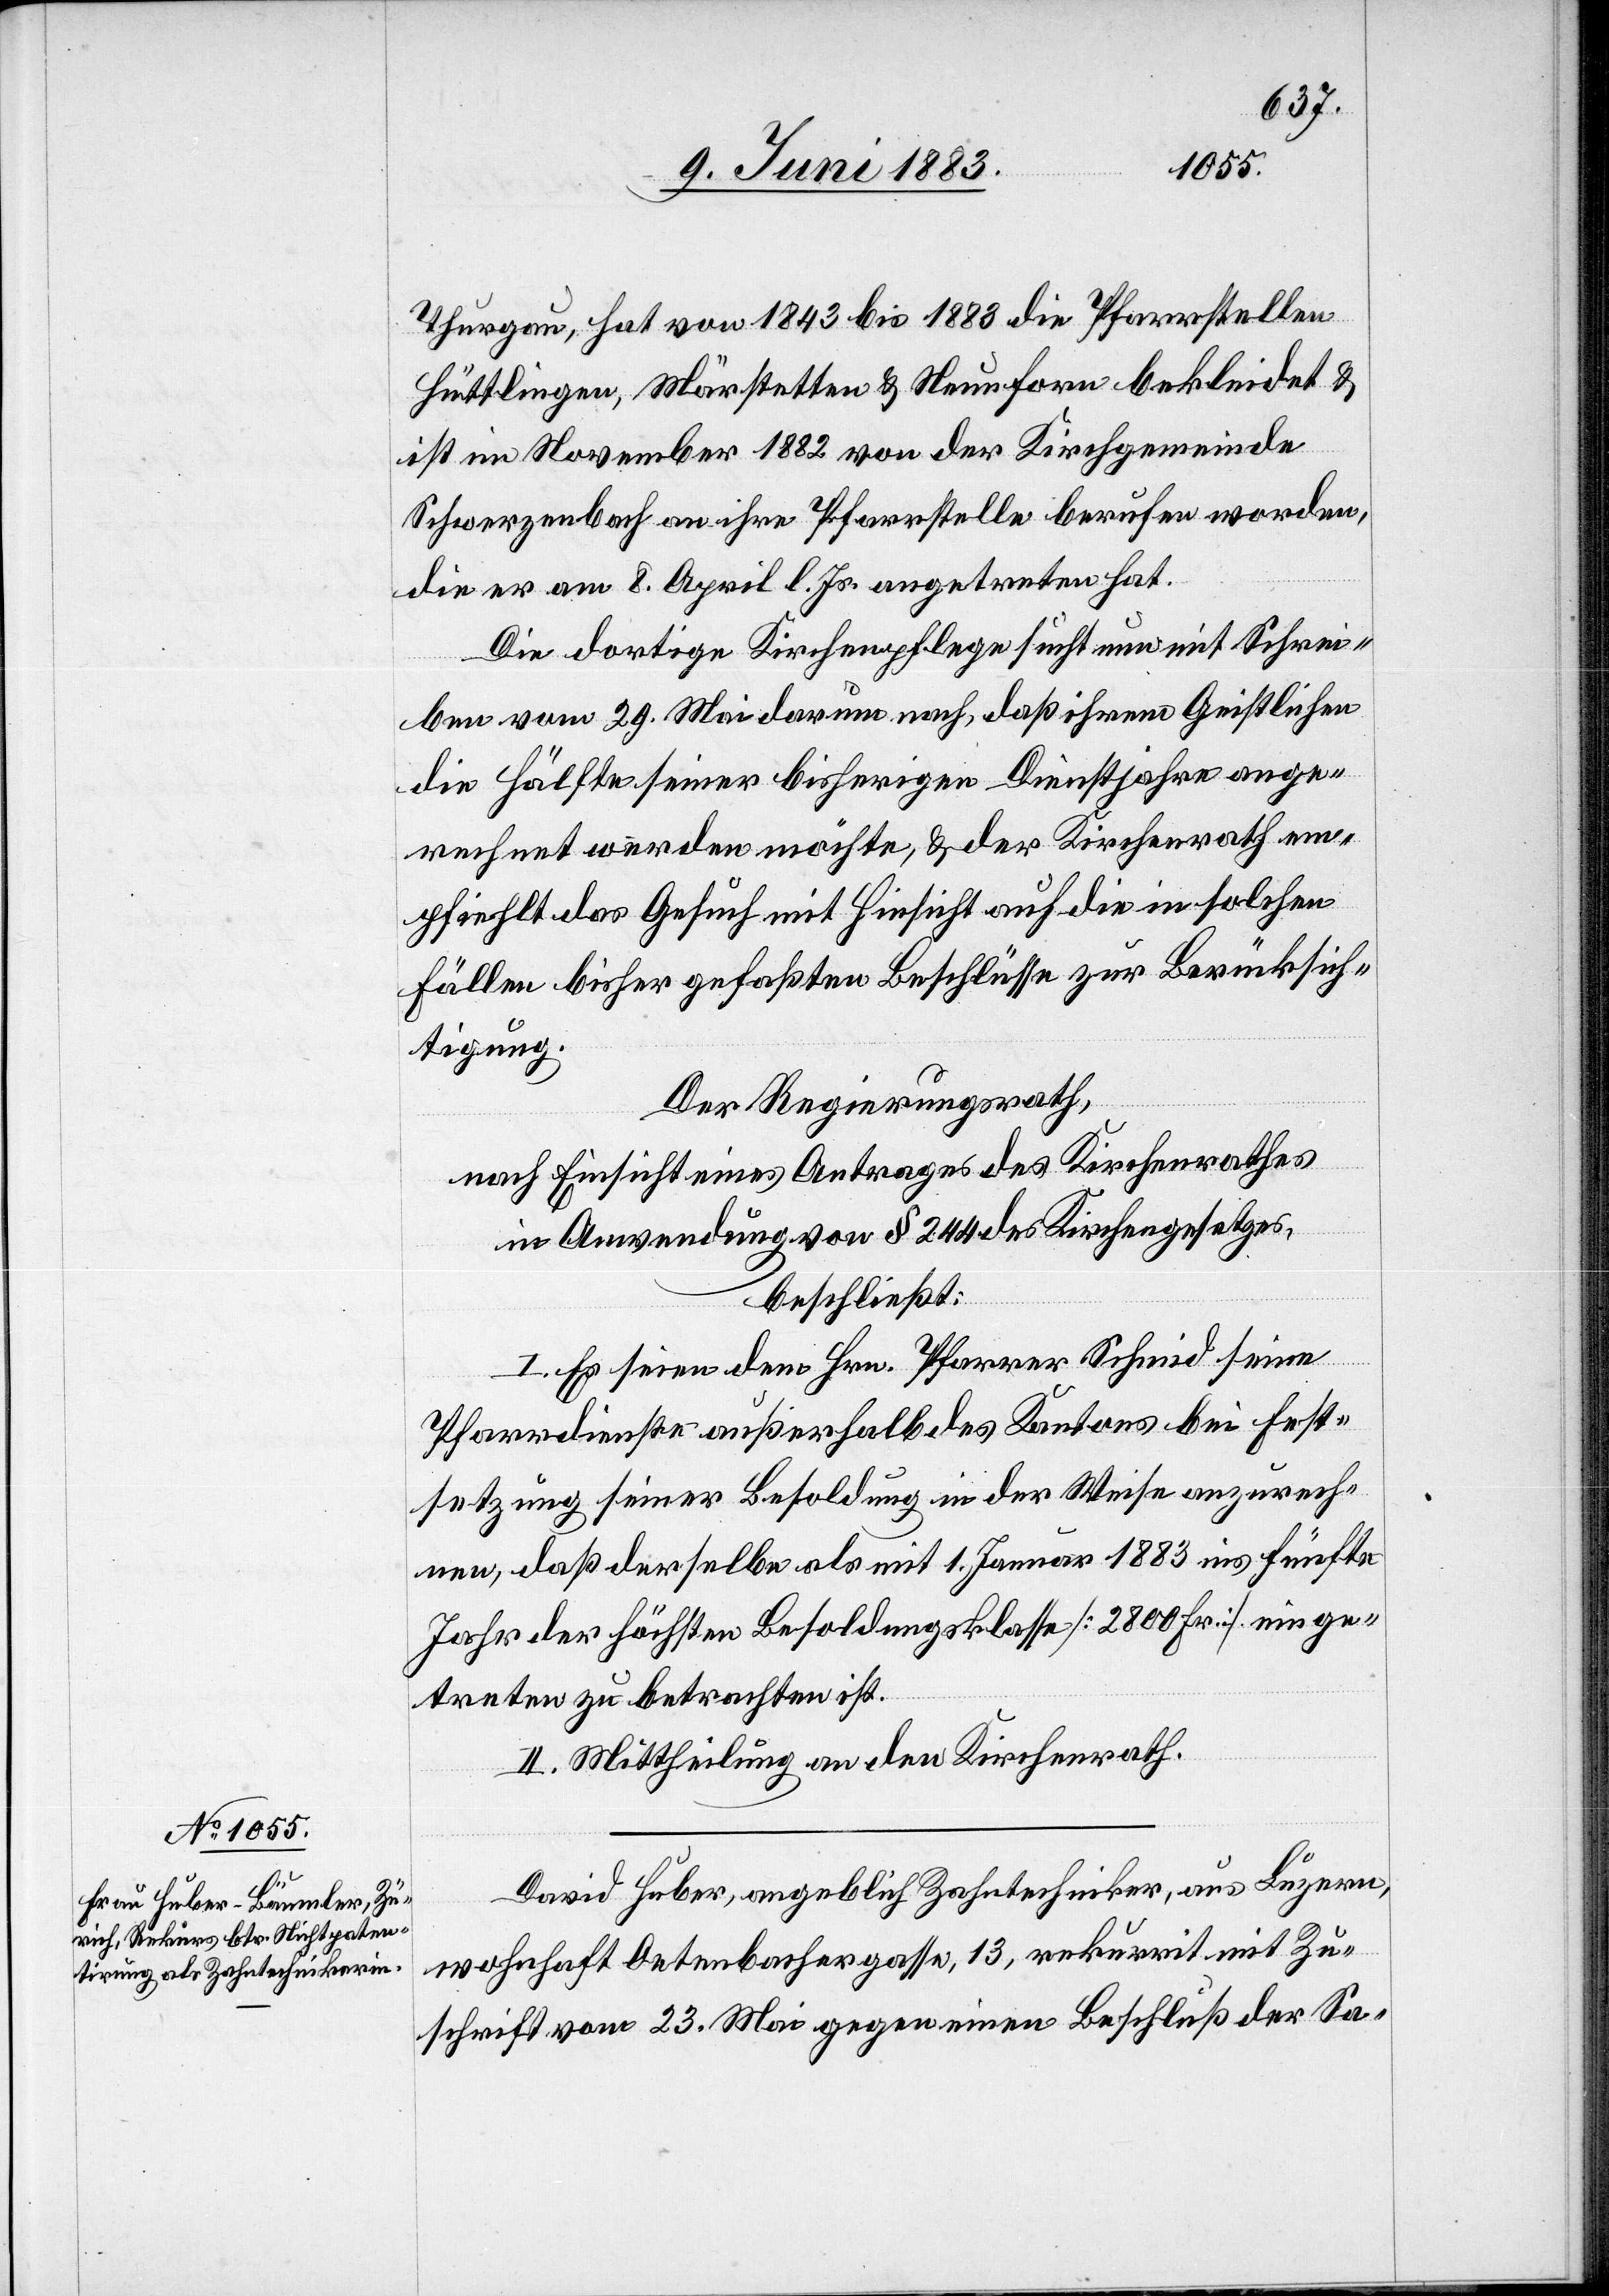
Thurgau, hat von 1843 bis 1883 die Pfarrstellen
Hüttlingen, Märstetten & Neunforn bekleidet &
ist im November 1882 von der Kirchgemeinde
Schwerzenbach an ihre Pfarrstelle berufen worden,
die er am 8. April l. Js. angetreten hat.
Die dortige Kirchenpflege sucht nun mit Schrei¬
ben vom 29. Mai darum nach, daß ihrem Geistlichen
die Hälfe seiner bisherigen Dienstjahre ange¬
rechnet werden möchte, & der Kirchenrath em¬
pfiehlt das Gesuch mit Hinsicht auf die in solchen
Fällen bisher gefaßten Beschlüsse zur Berücksich¬
tigung.
Der Regierungsrath,
nach Einsicht eines Antrages des Kirchenrathes
in Anwendung von § 244 des Kirchengesetzes,
beschließt:
I. Es seien dem Hrn. Pfarrer Schmid seine
Pfarrdienste außerhalb des Kantons bei Fest¬
setzung seiner Besoldung in der Weise anzurech¬
nen, daß derselbe als mit 1. Januar 1883 ins fünfte
Jahr der höchsten Besoldungsklasse [2800 Fr.] einge¬
treten zu betrachten ist.
II. Mittheilung an den Kirchenrath.
David Huber, angeblich Zahntechniker, aus Luzern,
wohnhaft Oetenbachergasse, 13, rekurrirt mit Zu¬
schrift vom 23. Mai gegen einen Beschluß der Sa-